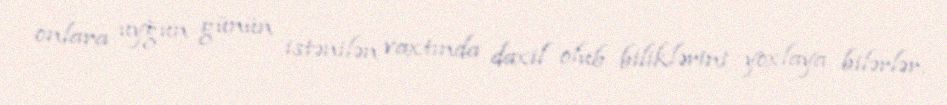
onlara uyğun günün istənilən vaxtında daxil olub biliklərini yoxlaya bilərlər.